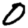
Digit: 0